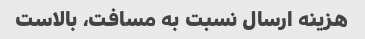
هزینه ارسال نسبت به مسافت، بالاست